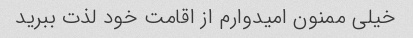
خیلی ممنون امیدوارم از اقامت خود لذت ببرید